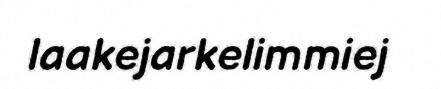
laakejarkelimmiej